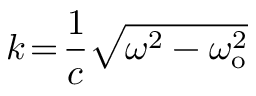
k \! = \! \frac { 1 } { c } \sqrt { \omega ^ { 2 } - \omega _ { \mathrm { o } } ^ { 2 } }